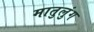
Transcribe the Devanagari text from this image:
मातुलुंग